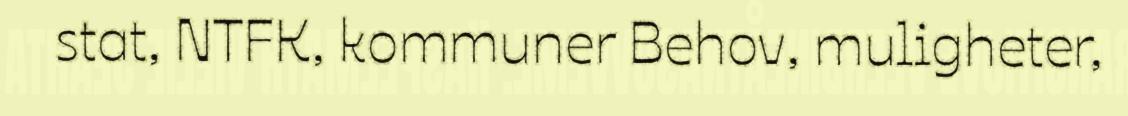
stat, NTFK, kommuner Behov, muligheter,